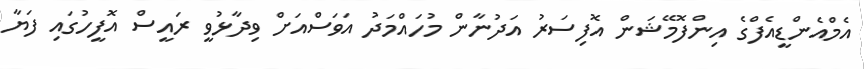
އެމްއެންޑީއެފްގެ އިންފޮމޭޝަން އޮފިސަރު އަދުނާން މުހައްމަދު އަވަސްއަށް ވިދާޅުވީ ރައީސް އޮފީހުގައި ފަޔާ